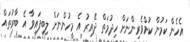
އެހެން ކަމުން ކުށްވެރިންނަށް ހިދުމަތް ދޭއިރު އެ މީހުންނަށް ލިބިފައިވާ އެ ބާރުތައް